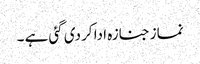
نماز جنازہ ادا کر دی گئی ہے ۔